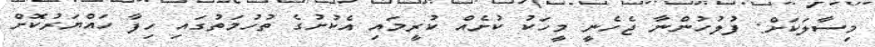
މިސާލަކަށް: ފުލުހުންނާ ޖެހެނީ މީހަކު ކުށެއް ކުރީމައި އެކުށުގެ ތުހުމަތުގައި ހިފާ ހައްޔަރުކޮށް